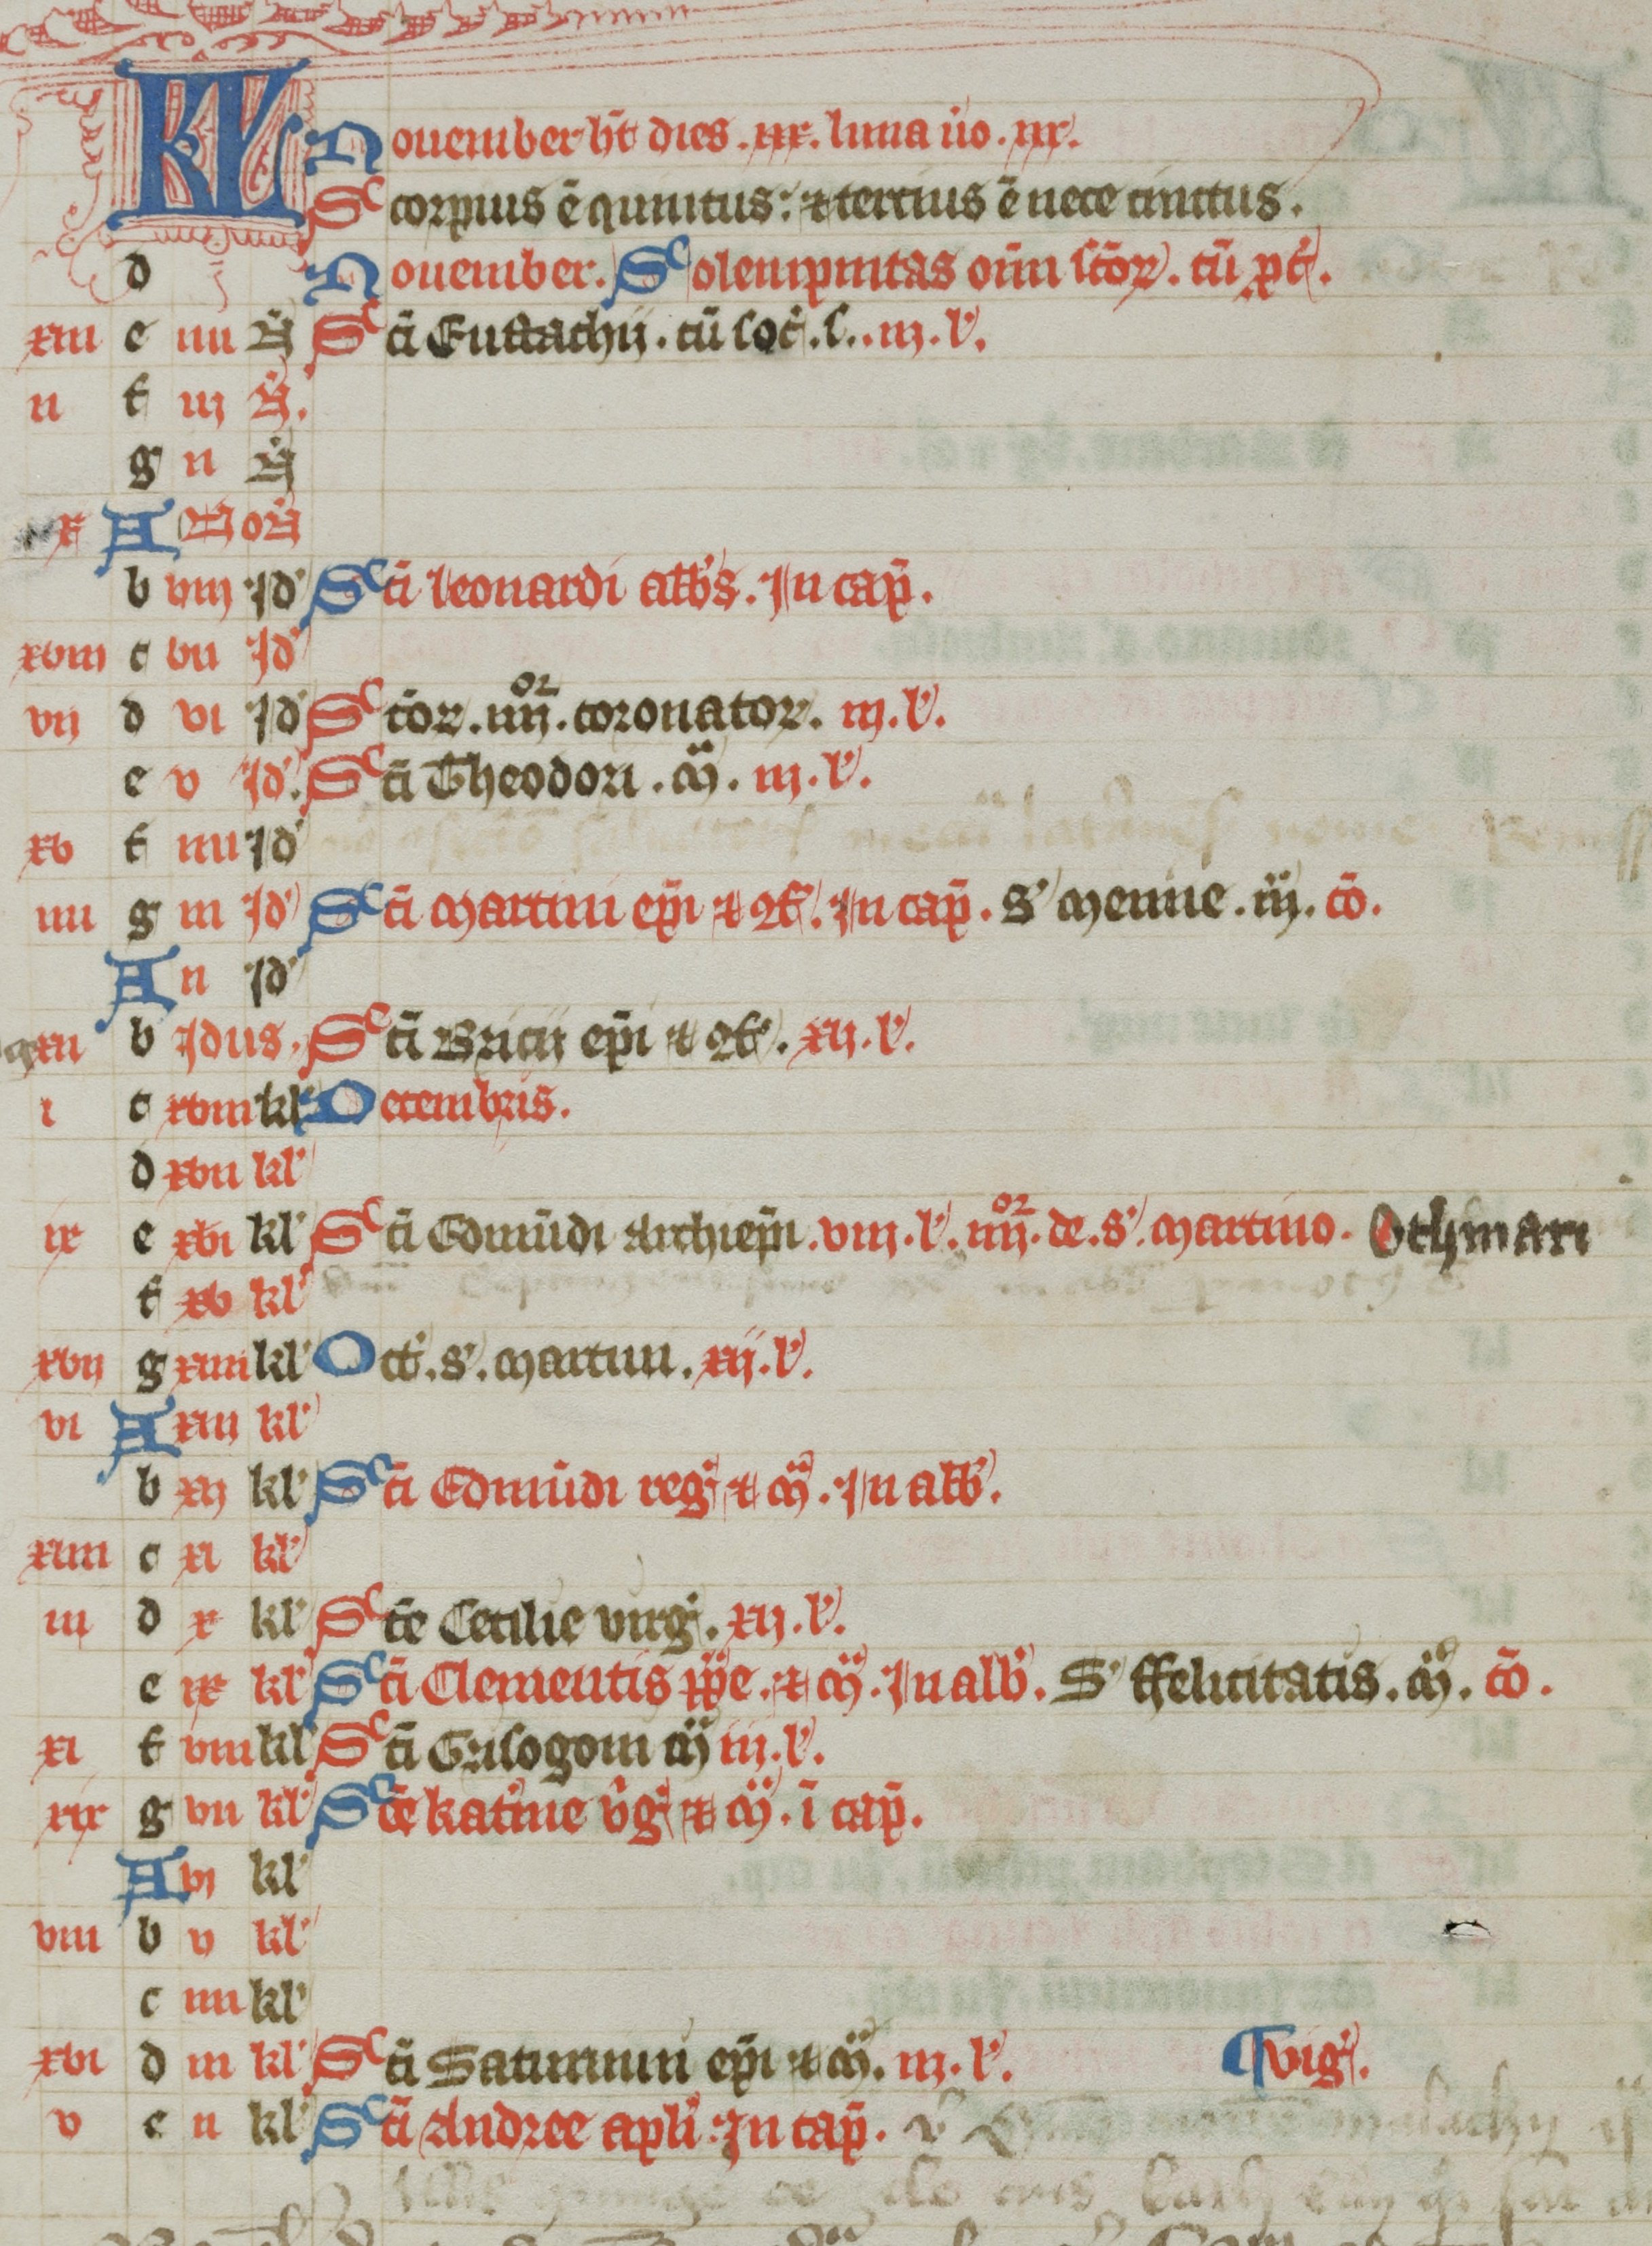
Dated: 1300–1399